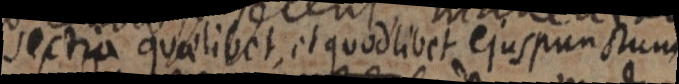
sectio quaelibet, et quodlibet ejus punctum